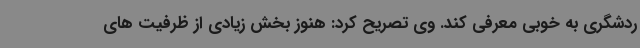
ردشگری به خوبی معرفی کند. وی تصریح کرد: هنوز بخش زیادی از ظرفیت های